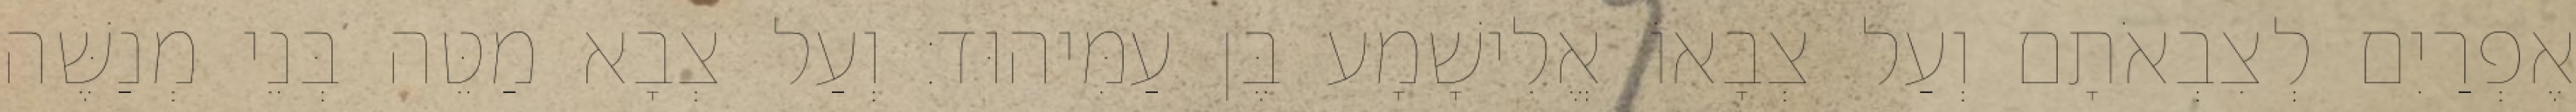
אֶפְרַיִם לְצִבְאֹתָם וְעַל צְבָאוֹ אֱלִישָׁמָע בֶּן עַמִּיהוּד׃ וְעַל צְבָא מַטֵּה בְּנֵי מְנַשֶּׁה